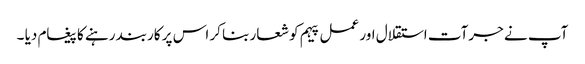
آپ نے جرآت استقلال اور عمل پیہم کو شعار بنا کر اس پر کاربند رہنے کا پیغام دیا ۔